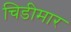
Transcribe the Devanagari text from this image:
चिडीमार